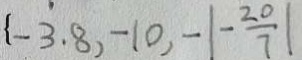
\{ - 3 . 8 , - 1 0 , - \vert - \frac { 2 0 } { 7 } \vert